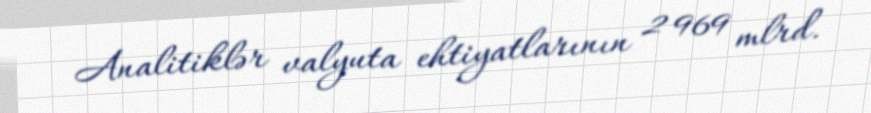
Analitiklər valyuta ehtiyatlarının 2 969 mlrd.